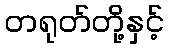
တရုတ်တို့နှင့်